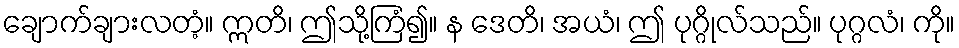
ချောက်ချားလတံ့။ ဣတိ၊ ဤသို့ကြံ၍။ န ဒေတိ၊ အယံ၊ ဤ ပုဂ္ဂိုလ်သည်။ ပုဂ္ဂလံ၊ ကို။